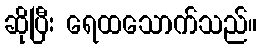
ဆိုပြီး ရေထသောက်သည်။